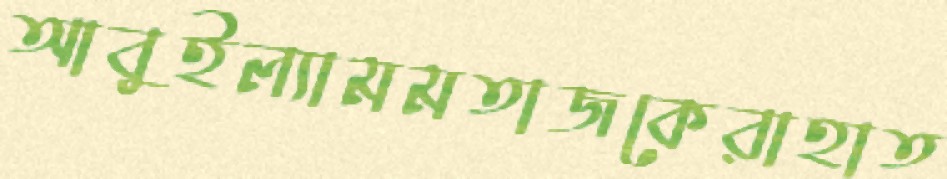
আবুইল্যামমতাজকেরাহাত